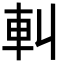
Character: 䡂